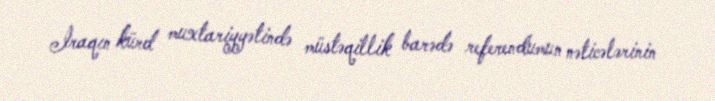
İraqın kürd muxtariyyətində müstəqillik barədə referendumun nəticələrinin